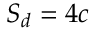
S _ { d } = 4 c